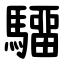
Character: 驑